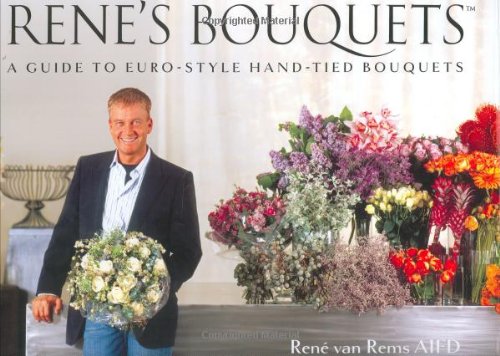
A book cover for Rene's Bouquets: A Guide to Euro-Style Hand-Tied Bouquets; RenÃ© van Rems; Crafts, Hobbies & Home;